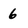
Character: 6